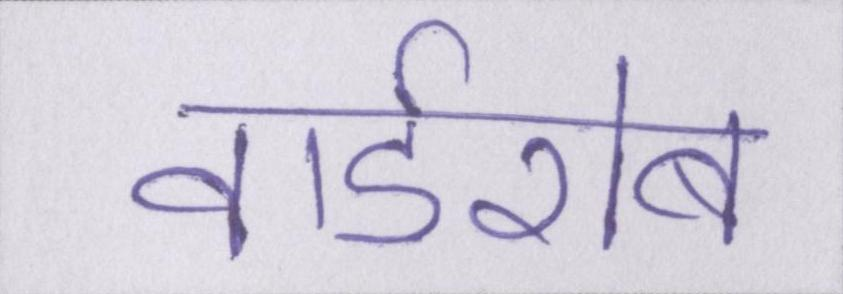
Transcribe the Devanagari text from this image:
वार्डरोब